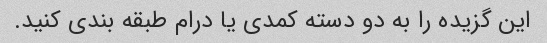
این گزیده را به دو دسته کمدی یا درام طبقه بندی کنید.